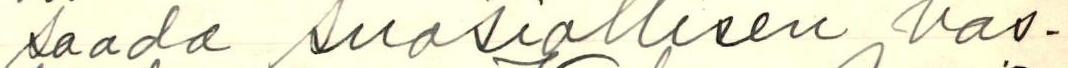
saada suosiollisen vas-